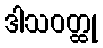
ဒါသဝတ္ထု